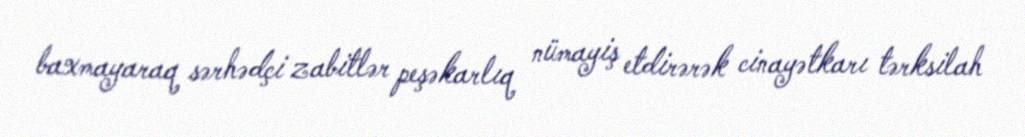
baxmayaraq sərhədçi zabitlər peşəkarlıq nümayiş etdirərək cinayətkarı tərksilah